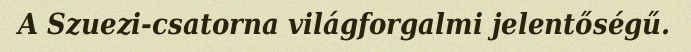
A Szuezi-csatorna világforgalmi jelentőségű.